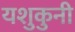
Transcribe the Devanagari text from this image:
यशुकुनी